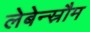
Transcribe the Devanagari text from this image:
लेबेन्स्रौम